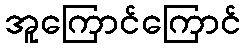
အူကြောင်ကြောင်